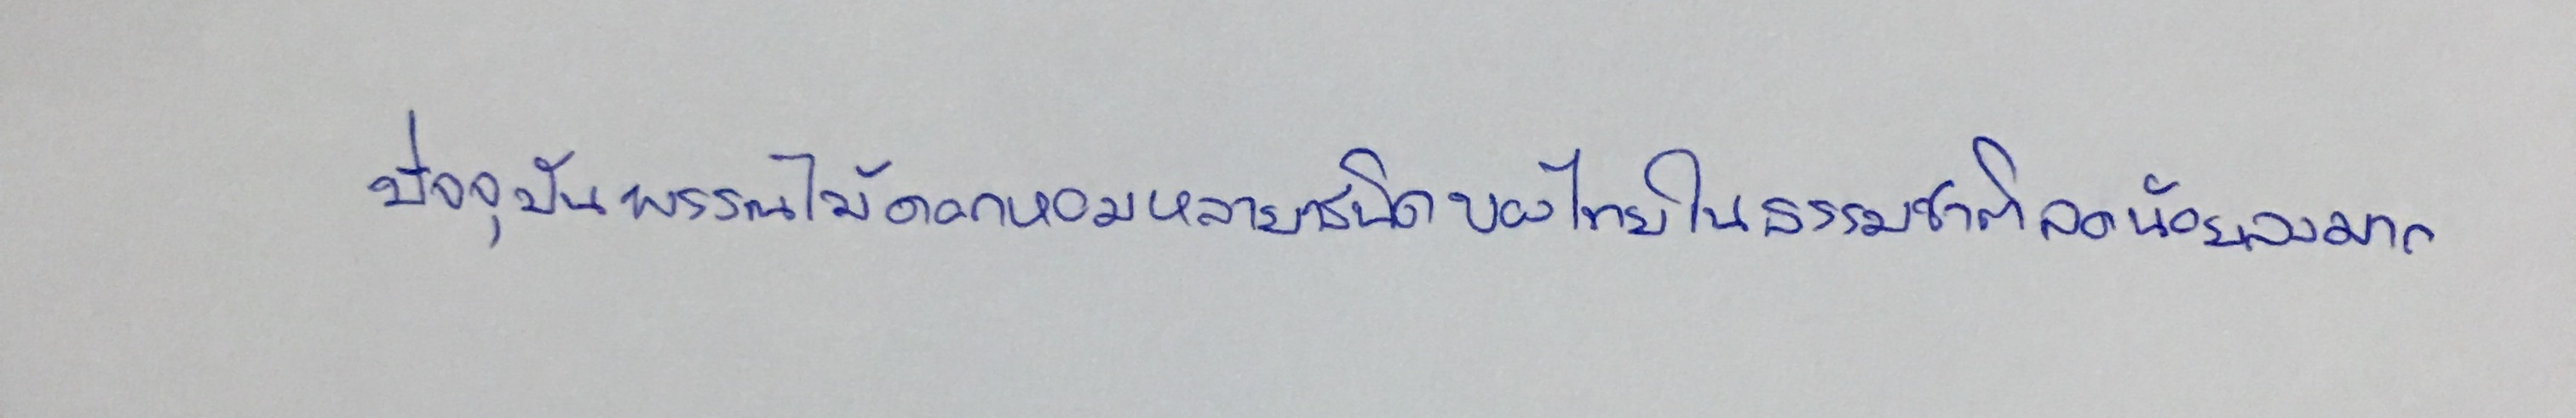
ปัจจุบันพรรณไม้ดอกหอมหลายชนิดของไทยในธรรมชาติลดน้อยลงมาก